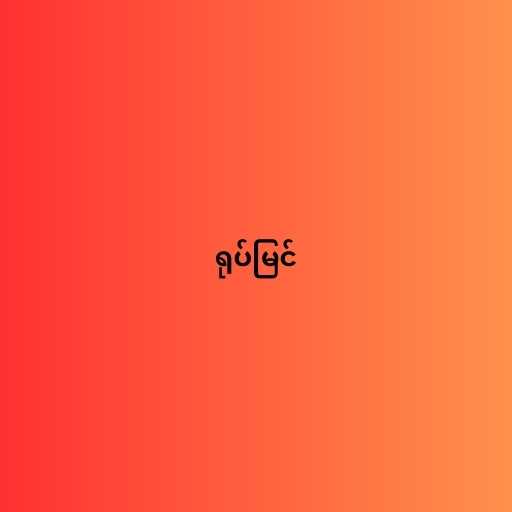
ရုပ်မြင်